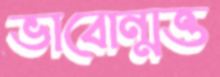
ভাবোন্মত্ত